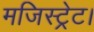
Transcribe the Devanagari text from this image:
मजिस्ट्रेट।